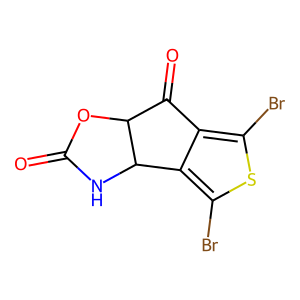
SMILES: O=C1NC2c3c(Br)sc(Br)c3C(=O)C2O1
Inhibits HIV replication: No